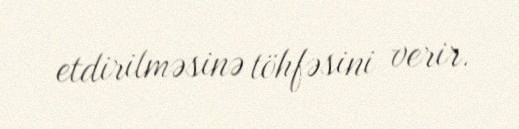
etdirilməsinə töhfəsini verir.